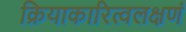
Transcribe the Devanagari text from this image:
क्रियाकारित्वलक्षणं